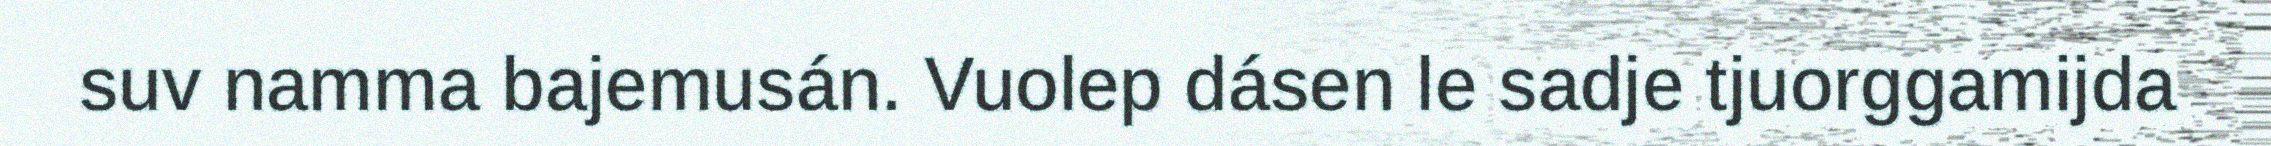
suv namma bajemusán. Vuolep dásen le sadje tjuorggamijda